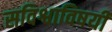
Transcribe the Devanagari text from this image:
सविश्वाविषयी